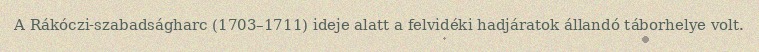
A Rákóczi-szabadságharc (1703–1711) ideje alatt a felvidéki hadjáratok állandó táborhelye volt.